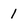
Character: 1